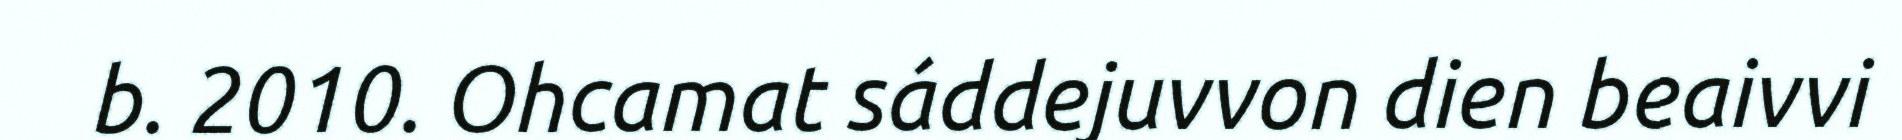
b. 2010. Ohcamat sáddejuvvon dien beaivvi